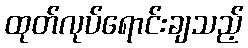
ထုတ်လုပ်ရောင်းချသည့်